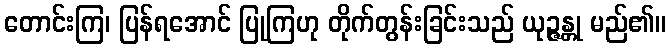
တောင်းကြ၊ ပြန်ရအောင် ပြုကြဟု တိုက်တွန်းခြင်းသည် ယုဉ္ဇန္တု မည်၏။